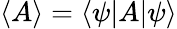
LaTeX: \langle A\rangle=\langle\psi|A|\psi\rangle